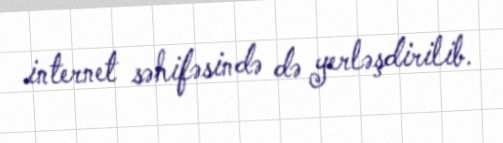
internet səhifəsində də yerləşdirilib.